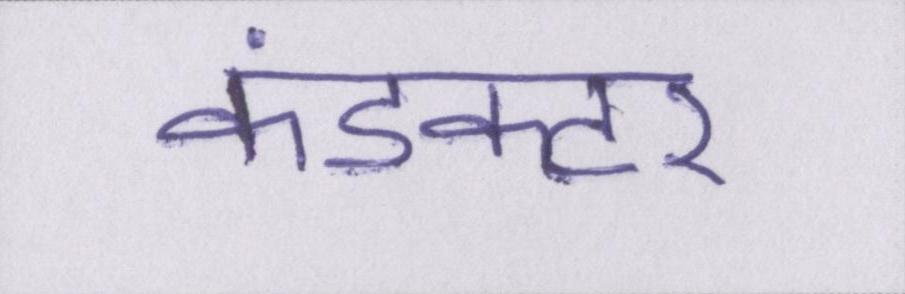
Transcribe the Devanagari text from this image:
कंडक्टर